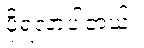
ပိုရလာပါတယ်။